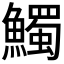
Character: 𩼟